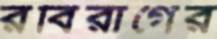
রবিরাগের